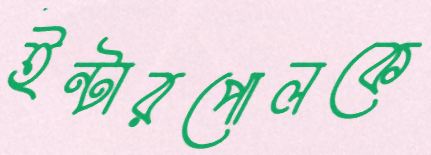
ইন্টারপোলকে